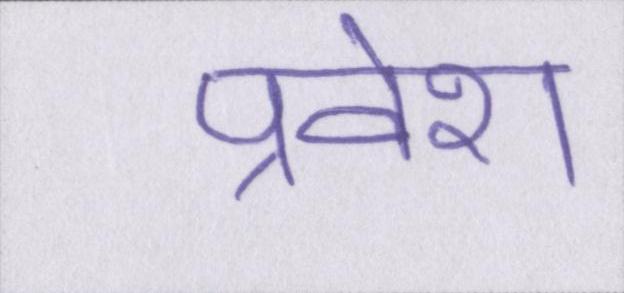
प्रवेश